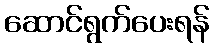
ဆောင်ရွက်ပေးရန်